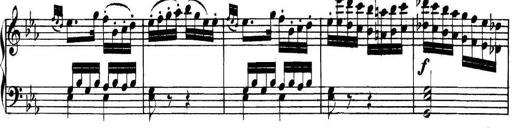
Title: Collected Piano Sonatas
Composer: Muzio Clementi